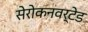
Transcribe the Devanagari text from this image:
सेरोकनवर्टेड